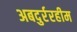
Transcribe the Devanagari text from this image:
अबदुर्ररहीम